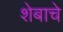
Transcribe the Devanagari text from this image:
शेबाचे